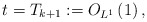
\begin{align*} t=T_{k+1}: = O_{L^1}\left(1 \right) ,\end{align*}